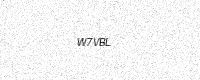
Text: W7VBL